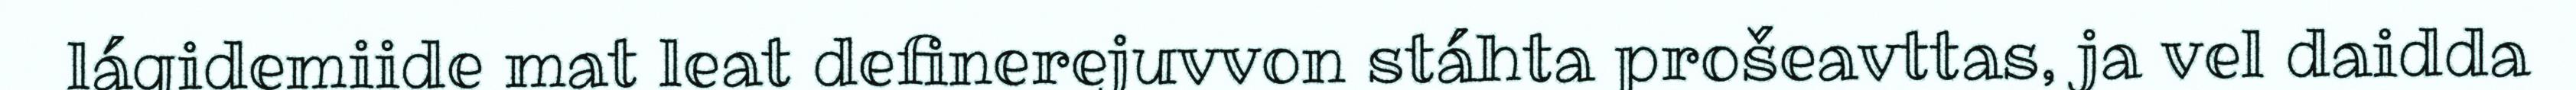
lágidemiide mat leat definerejuvvon stáhta prošeavttas, ja vel daidda